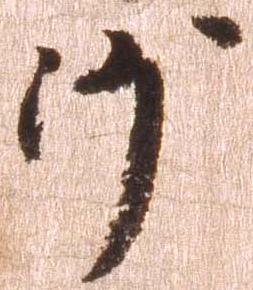
沙